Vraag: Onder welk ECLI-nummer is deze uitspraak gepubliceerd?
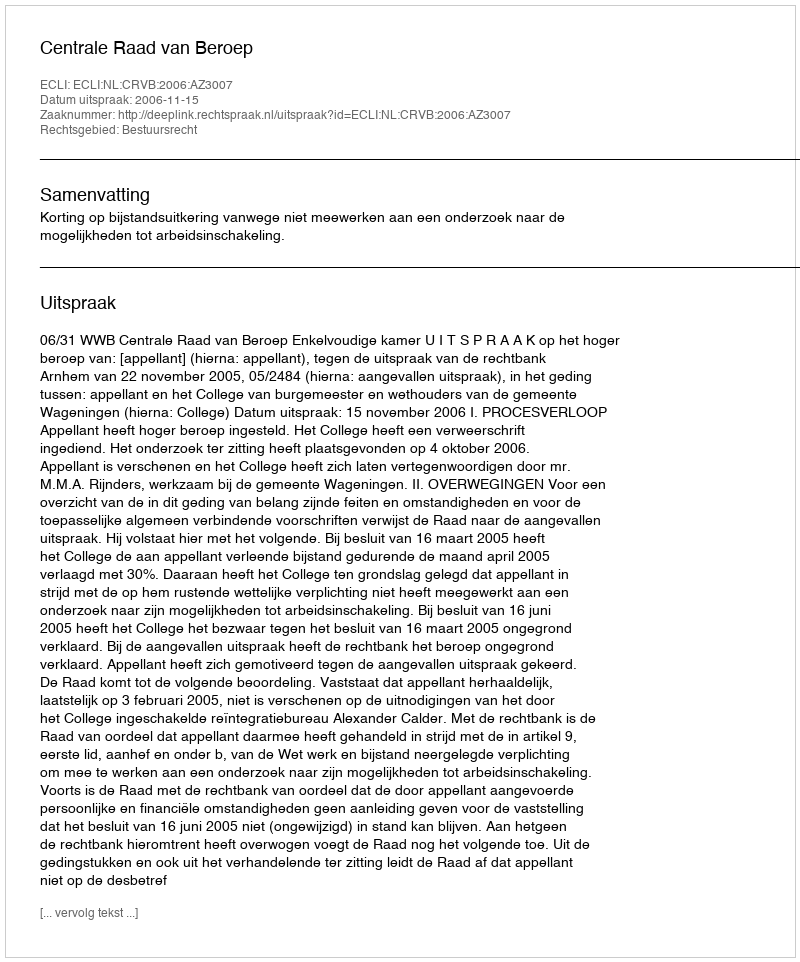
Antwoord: ECLI:NL:CRVB:2006:AZ3007